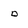
Character: D